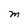
Character: M